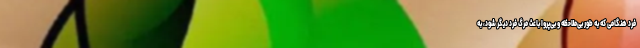
فرد هنگامی که به طور بی‌ملاحظه‌ و بی‌پروا باعث مرگ فرد دیگر شود، به